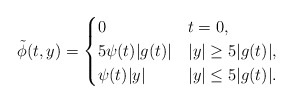
\begin{align*}\tilde{\phi}(t,y) =\begin{cases}0 & t = 0, \\5 \psi(t)|g(t)| & |y| \geq 5 |g(t)|, \\\psi(t)|y| & |y| \leq 5 |g(t)|.\end{cases}\end{align*}